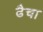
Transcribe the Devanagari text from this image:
ढैचा